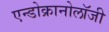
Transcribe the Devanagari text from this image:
एन्डोक्रानोलॉजी